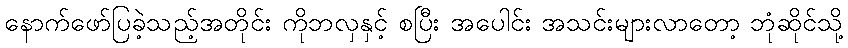
နောက်ဖော်ပြခဲ့သည့်အတိုင်း ကိုဘလှနှင့် စပြီး အပေါင်း အသင်းများလာတော့ ဘုံဆိုင်သို့